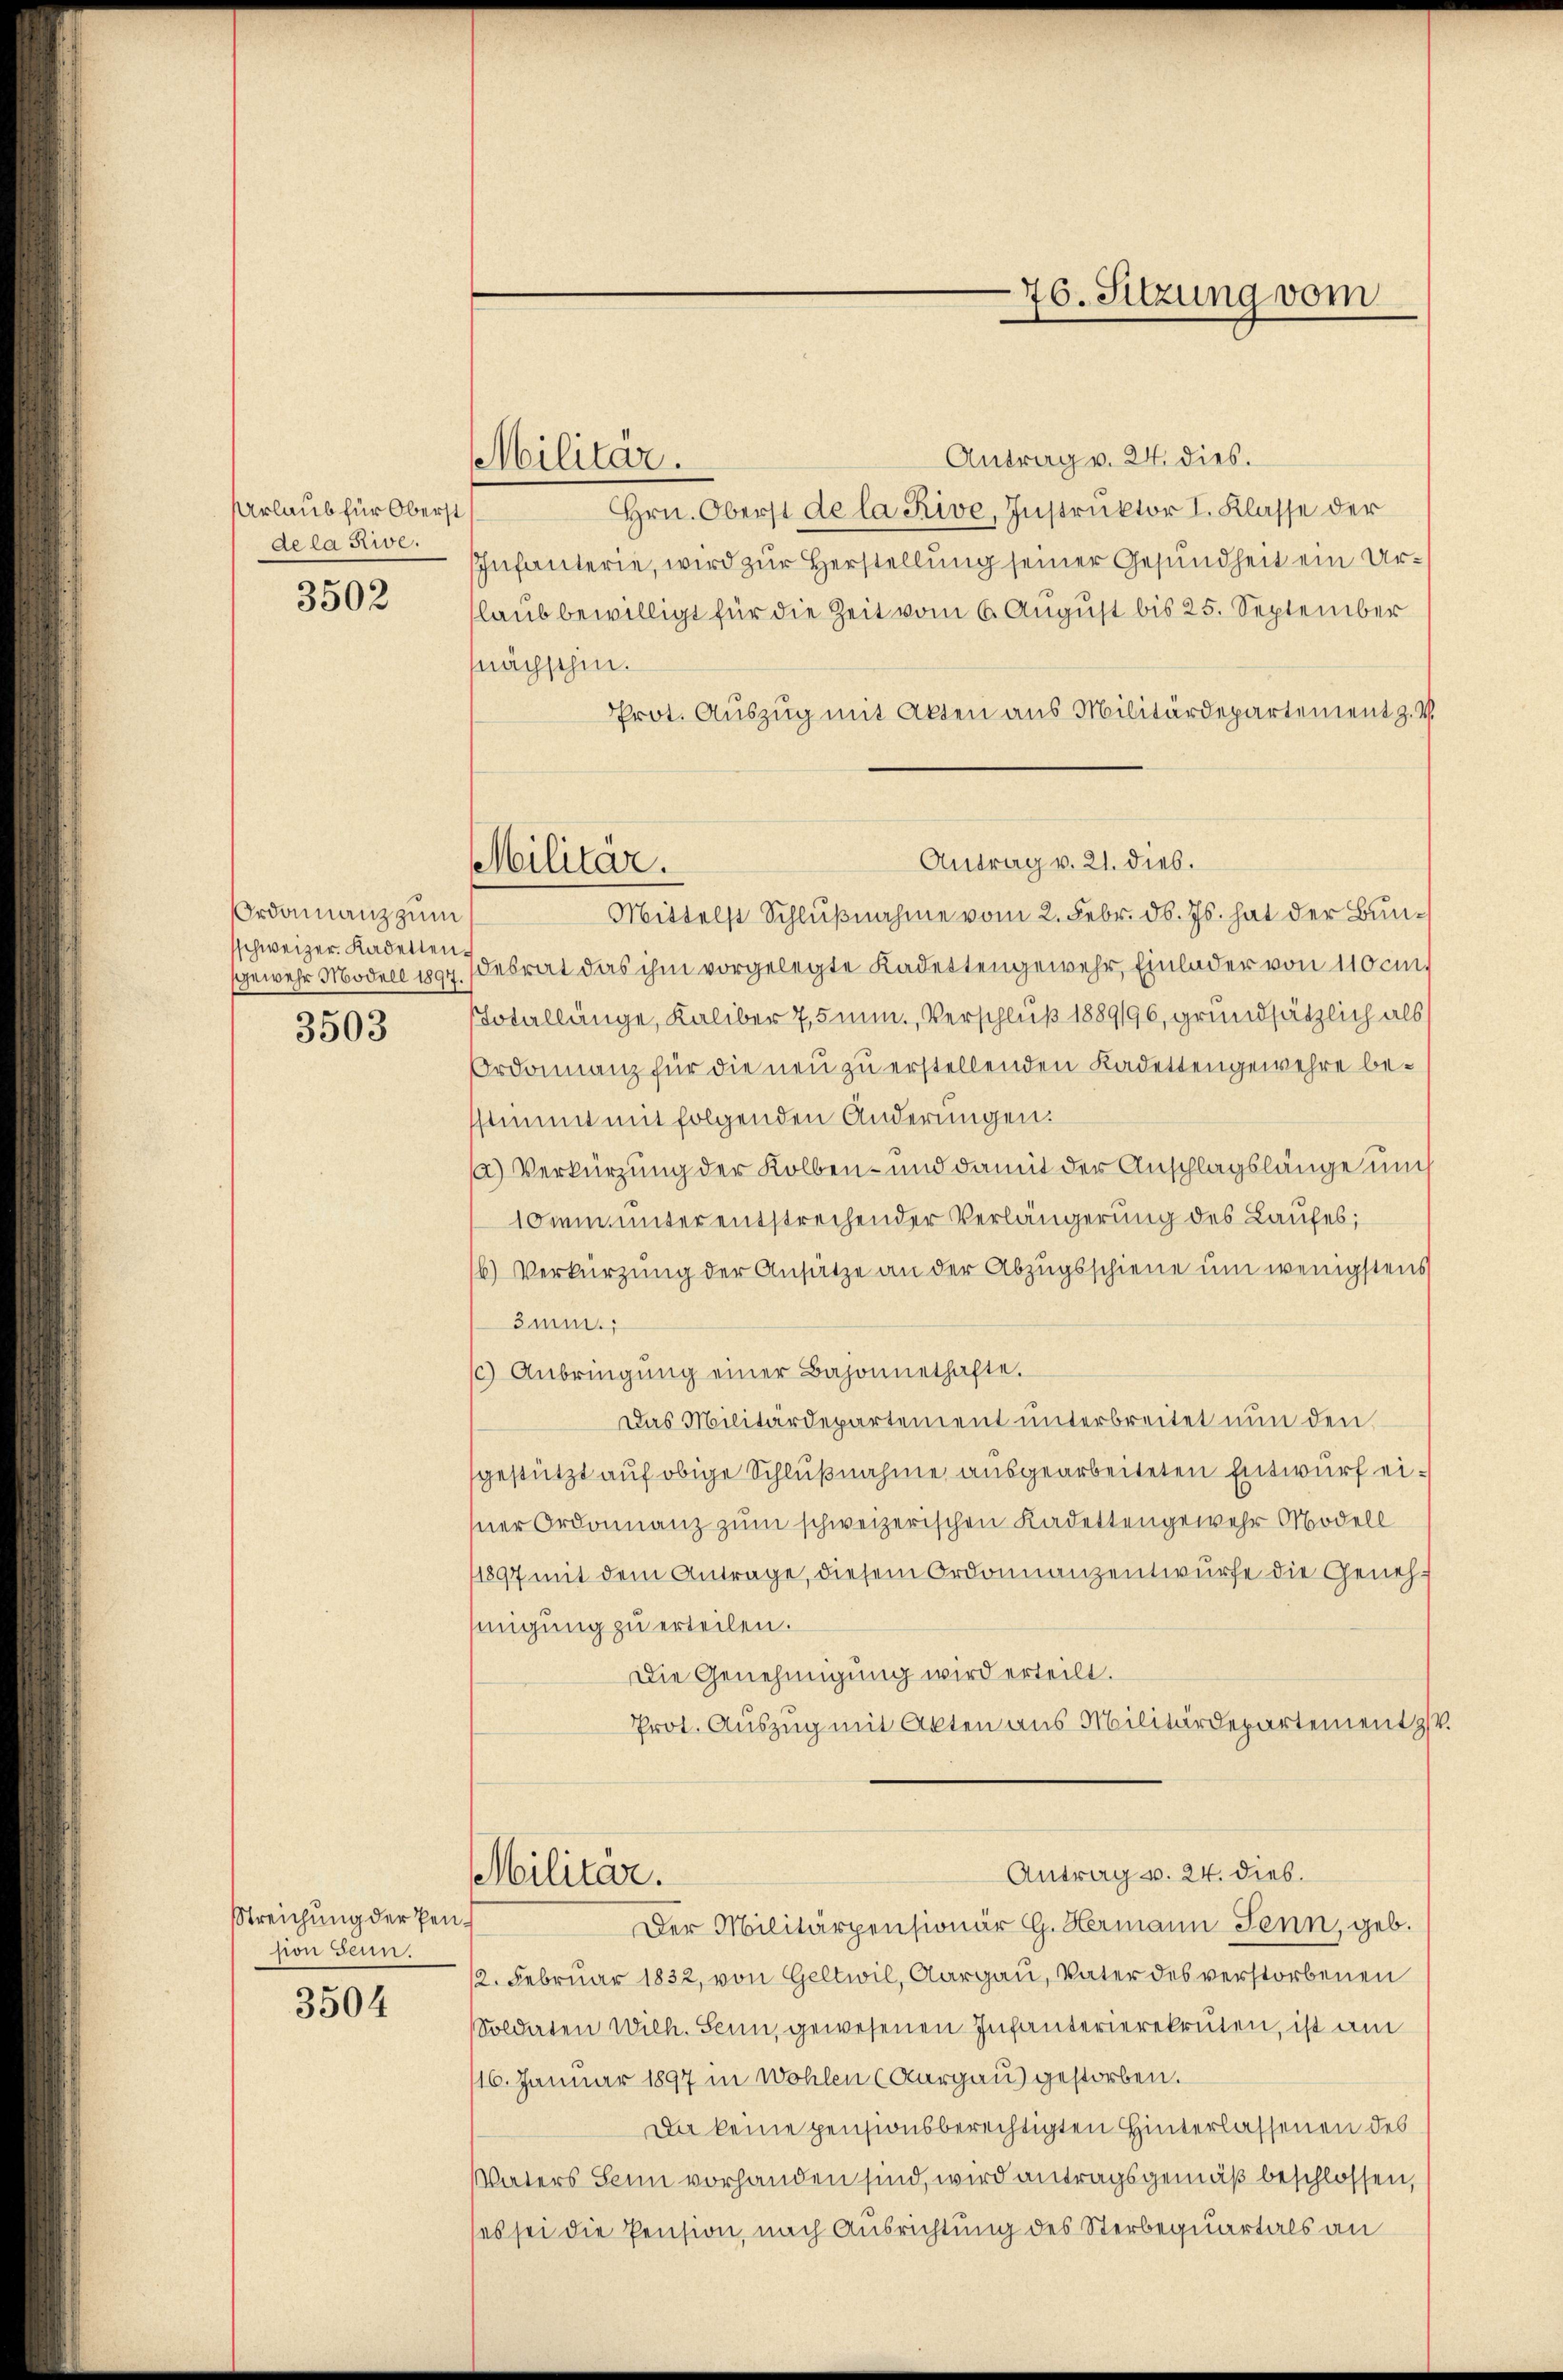
Urlaub für Oberst
de la Rive.

3502

Ordonanz zum
sschweizer. Kadetten.
gewehr Modell 1897.
3503

Streichung der Pension sein.

3504

Militar.

Militär.

Antrag v. 24. dies.
Hrn. Oberst de la Rive, Instruktor I. Klasse der
Infanterie, wird zur Herstellung seiner Gesundheit ein Urlaub bewilligt für die Zeit vom 6. August bis 25. September
nächschen.
Prot. Auszug mit Akten aus Militärdepartement z. B.
Antrag v. 21. dies.
Mittelst Schlußnahme vom 2. Febr. d. Js. hat der Bundesrat das ihm vorgelegte Kadettengewehr, Einlader von 110 cm.
Totallänge, Kaliber 7,5mm. Verschluß 1889/96, grundsätzlich als
rdainanz für die neu zu erstellenden Kadettengewehre besstimmt mit folgenden Änderungen:
) Verkürzung der Kolben - und damit der Anschlagslänge und
10 ein unter entsprechender Verlängerung des Laufes;
b) Verkürzung der Ansätze an der Abzugsschiene um wenigstens
smum.
c) Anbringŭng einer Bajonnethafte.
Das Militärdepartement unterbreitet nun den
gestützt auf obige Schlußnahme ausgearbeiteten Entwurf einer Ordonnanz zum schweizerischen Kadettengewehr Modell
11897 mit dem Antrage, diesem Ordonnanzentwurfe die Genehinigung zu erteilen.
Die Genehmigung wird erteilt.
Prot. Auszug mit Akten aus Militärdepartement z
Antrag v. 24. dies.
Militär.
Der Militärpensionär G. Hermann Jenn, geb.
12. Februar 1832, von Geltwil, Aargau, Vater des verstorbenen
Soldaten Wilh. Senn, gewesenen Infanterierekruten, ist am
16. Januar 1897 in Wohlen (Aargau) gestorben.
Da keine pensionsberechtigten Hinterlassenen des
Vaters Sei vorhanden sind, wird antragsgemäß beschlossen,
es sei die Pension, nach Ausrichtung des Sterbequartals an

76. Sitzung vom